Tezpur Lunatic Asylum reports 1877-1894 - 1877-1894
Year: 1877
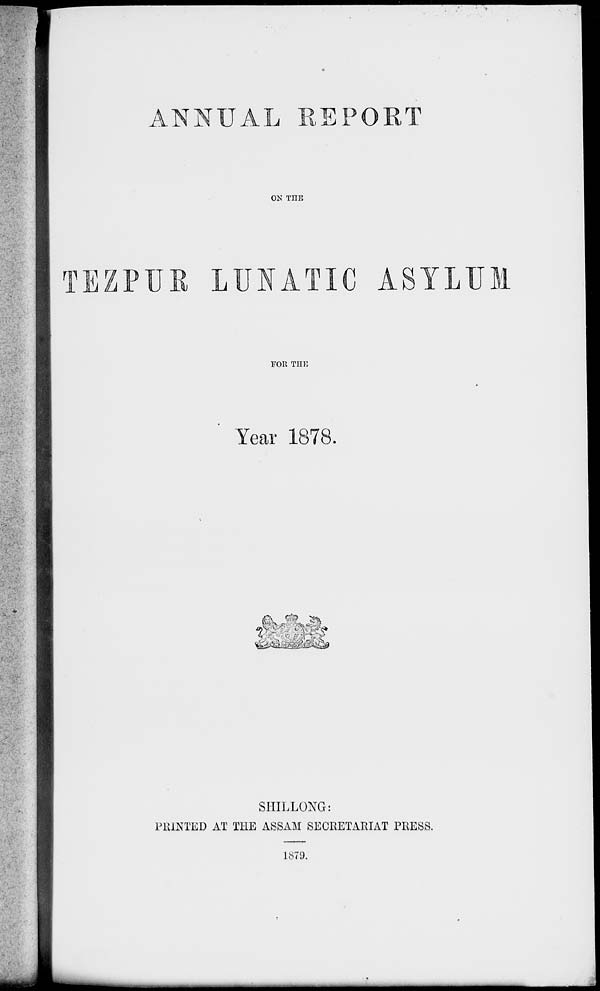
ANNUAL REPORT
ON THE
TEZPU
x UIATIC ASYLUM
FOll THE
Year 1878.
w
'^AUt^^M^
SHILLONG:
PRINTED AT THE ASSAM SECRETARIAT PRESS.
1879.